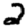
Digit: 2